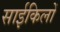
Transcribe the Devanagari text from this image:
साईकिलों